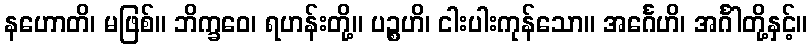
နဟောတိ၊ မဖြစ်။ ဘိက္ခဝေ၊ ရဟန်းတို့။ ပဉ္စဟိ၊ ငါးပါးကုန်သော။ အင်္ဂေဟိ၊ အင်္ဂါတို့နှင့်။